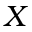
X